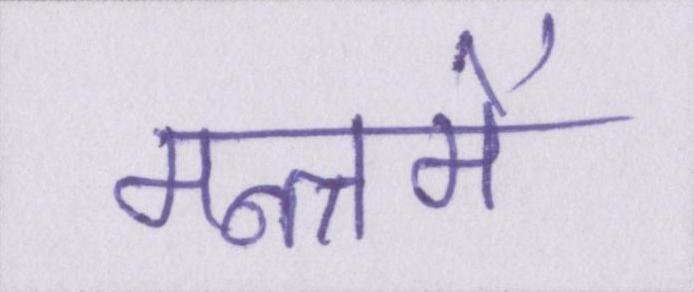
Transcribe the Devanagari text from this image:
मन्त्रमें